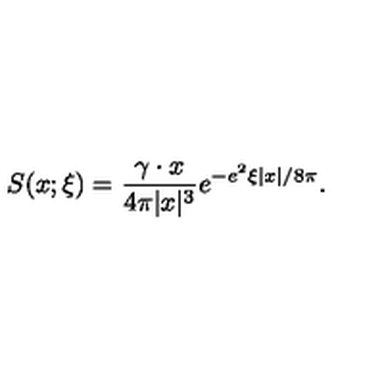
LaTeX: S ( x ; \xi ) = \frac { \gamma \cdot x } { 4 \pi | x | ^ { 3 } } e ^ { - e ^ { 2 } \xi \left| x \right| / 8 \pi } .